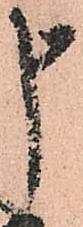
申